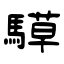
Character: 騲